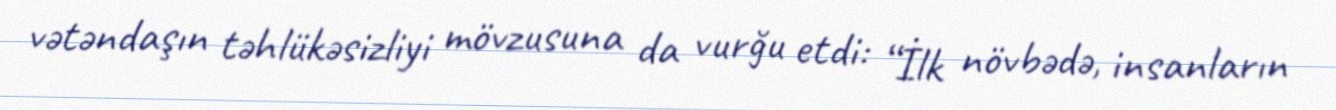
vətəndaşın təhlükəsizliyi mövzusuna da vurğu etdi: “İlk növbədə, insanların